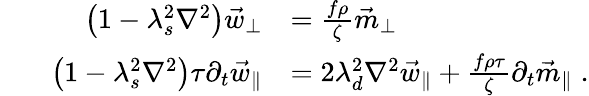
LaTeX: \begin{array}{rl}{\qquad\quad\left(1-\lambda_{s}^{2}\nabla^{2}\right)\vec{w}_{\perp}}&{=\frac{f\rho}{\zeta}\vec{m}_{\perp}}\\ {\left(1-\lambda_{s}^{2}\nabla^{2}\right)\tau\partial_{t}\vec{w}_{\parallel}}&{=2\lambda_{d}^{2}\nabla^{2}\vec{w}_{\parallel}+\frac{f\rho\tau}{\zeta}\partial_{t}\vec{m}_{\parallel}\; .}\end{array}